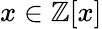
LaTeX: x\in\mathbb{Z}[x]